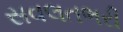
સવલતભરી